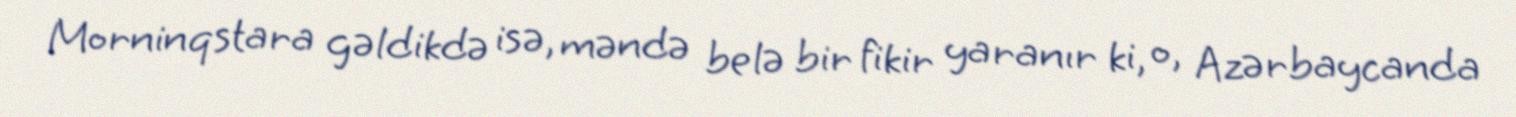
Morninqstara gəldikdə isə, məndə belə bir fikir yaranır ki, o, Azərbaycanda